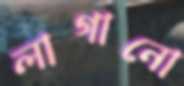
লাগানো